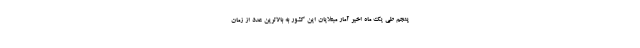
پنجم طی یک ماه اخیر آمار مبتلایان این کشور به بالاترین عدد از زمان